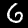
Label: 6